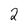
Character: 2